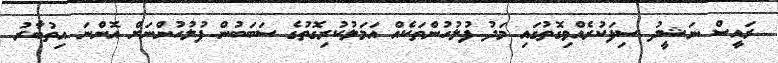
ރައީސް ނަޝީދު ސިފަކުރެއްވިގޮތުގައި މަދު ފުލުހުންތަކެއް އަމަލުކުރިގޮތުގެ ސަބަބުން ފުލުހުންނަށް އޮންނަ އިތުބާރު